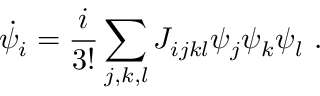
\dot { \psi } _ { i } = \frac { i } { 3 ! } \sum _ { j , k , l } J _ { i j k l } \psi _ { j } \psi _ { k } \psi _ { l } ~ .